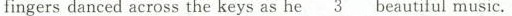
fingers danced across the keys as he \underline{3} beautiful music